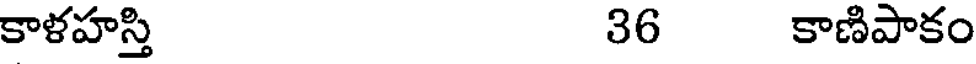
కాళహస్తి 36 కాణిపాకం